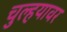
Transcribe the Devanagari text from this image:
चुल्हयावर